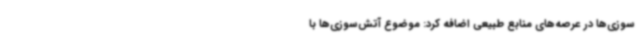
‌سوزی‌ها در عرصه‌های منابع طبیعی اضافه کرد: موضوع آتش‌سوزی‌ها با